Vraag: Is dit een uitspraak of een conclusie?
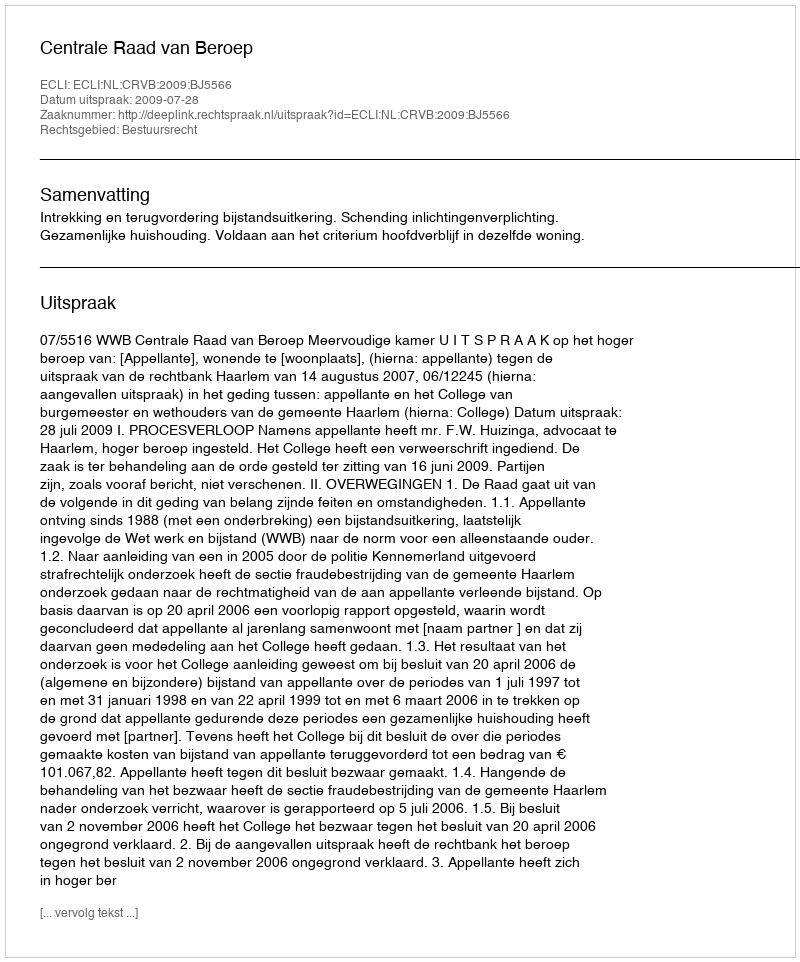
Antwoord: Uitspraak